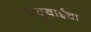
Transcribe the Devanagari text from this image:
पदुबाईचा